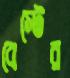
বেস্টের